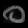
Digit: ၀